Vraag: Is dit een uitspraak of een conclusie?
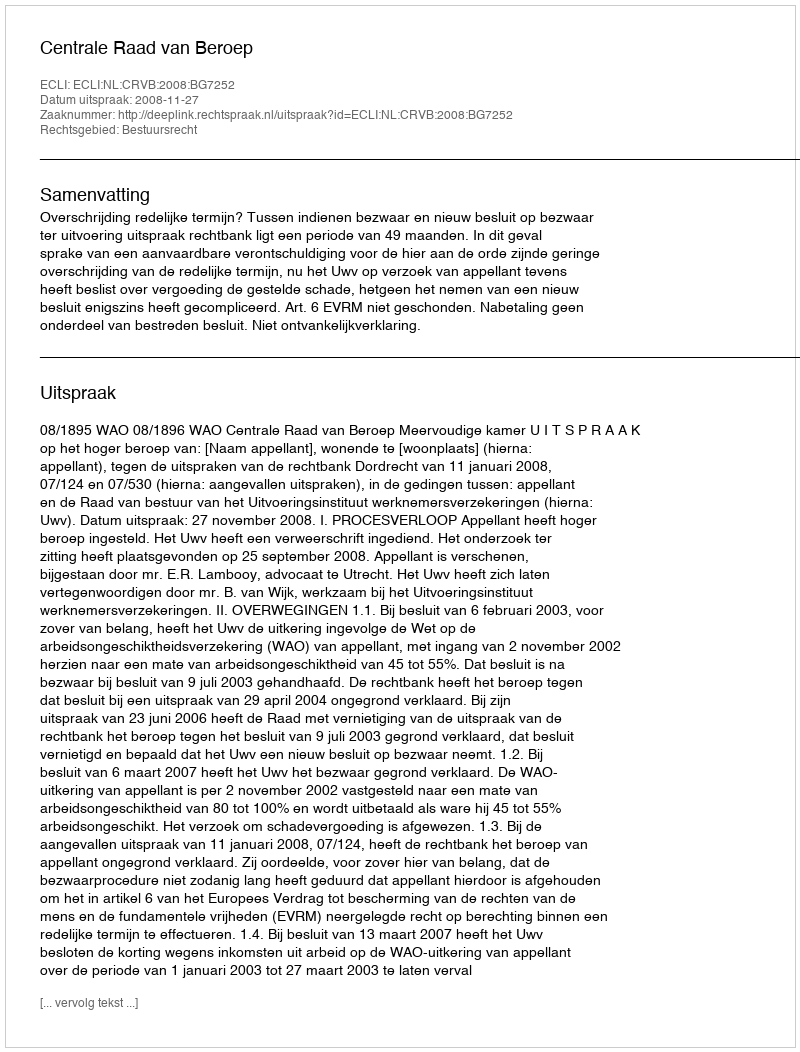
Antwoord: Uitspraak